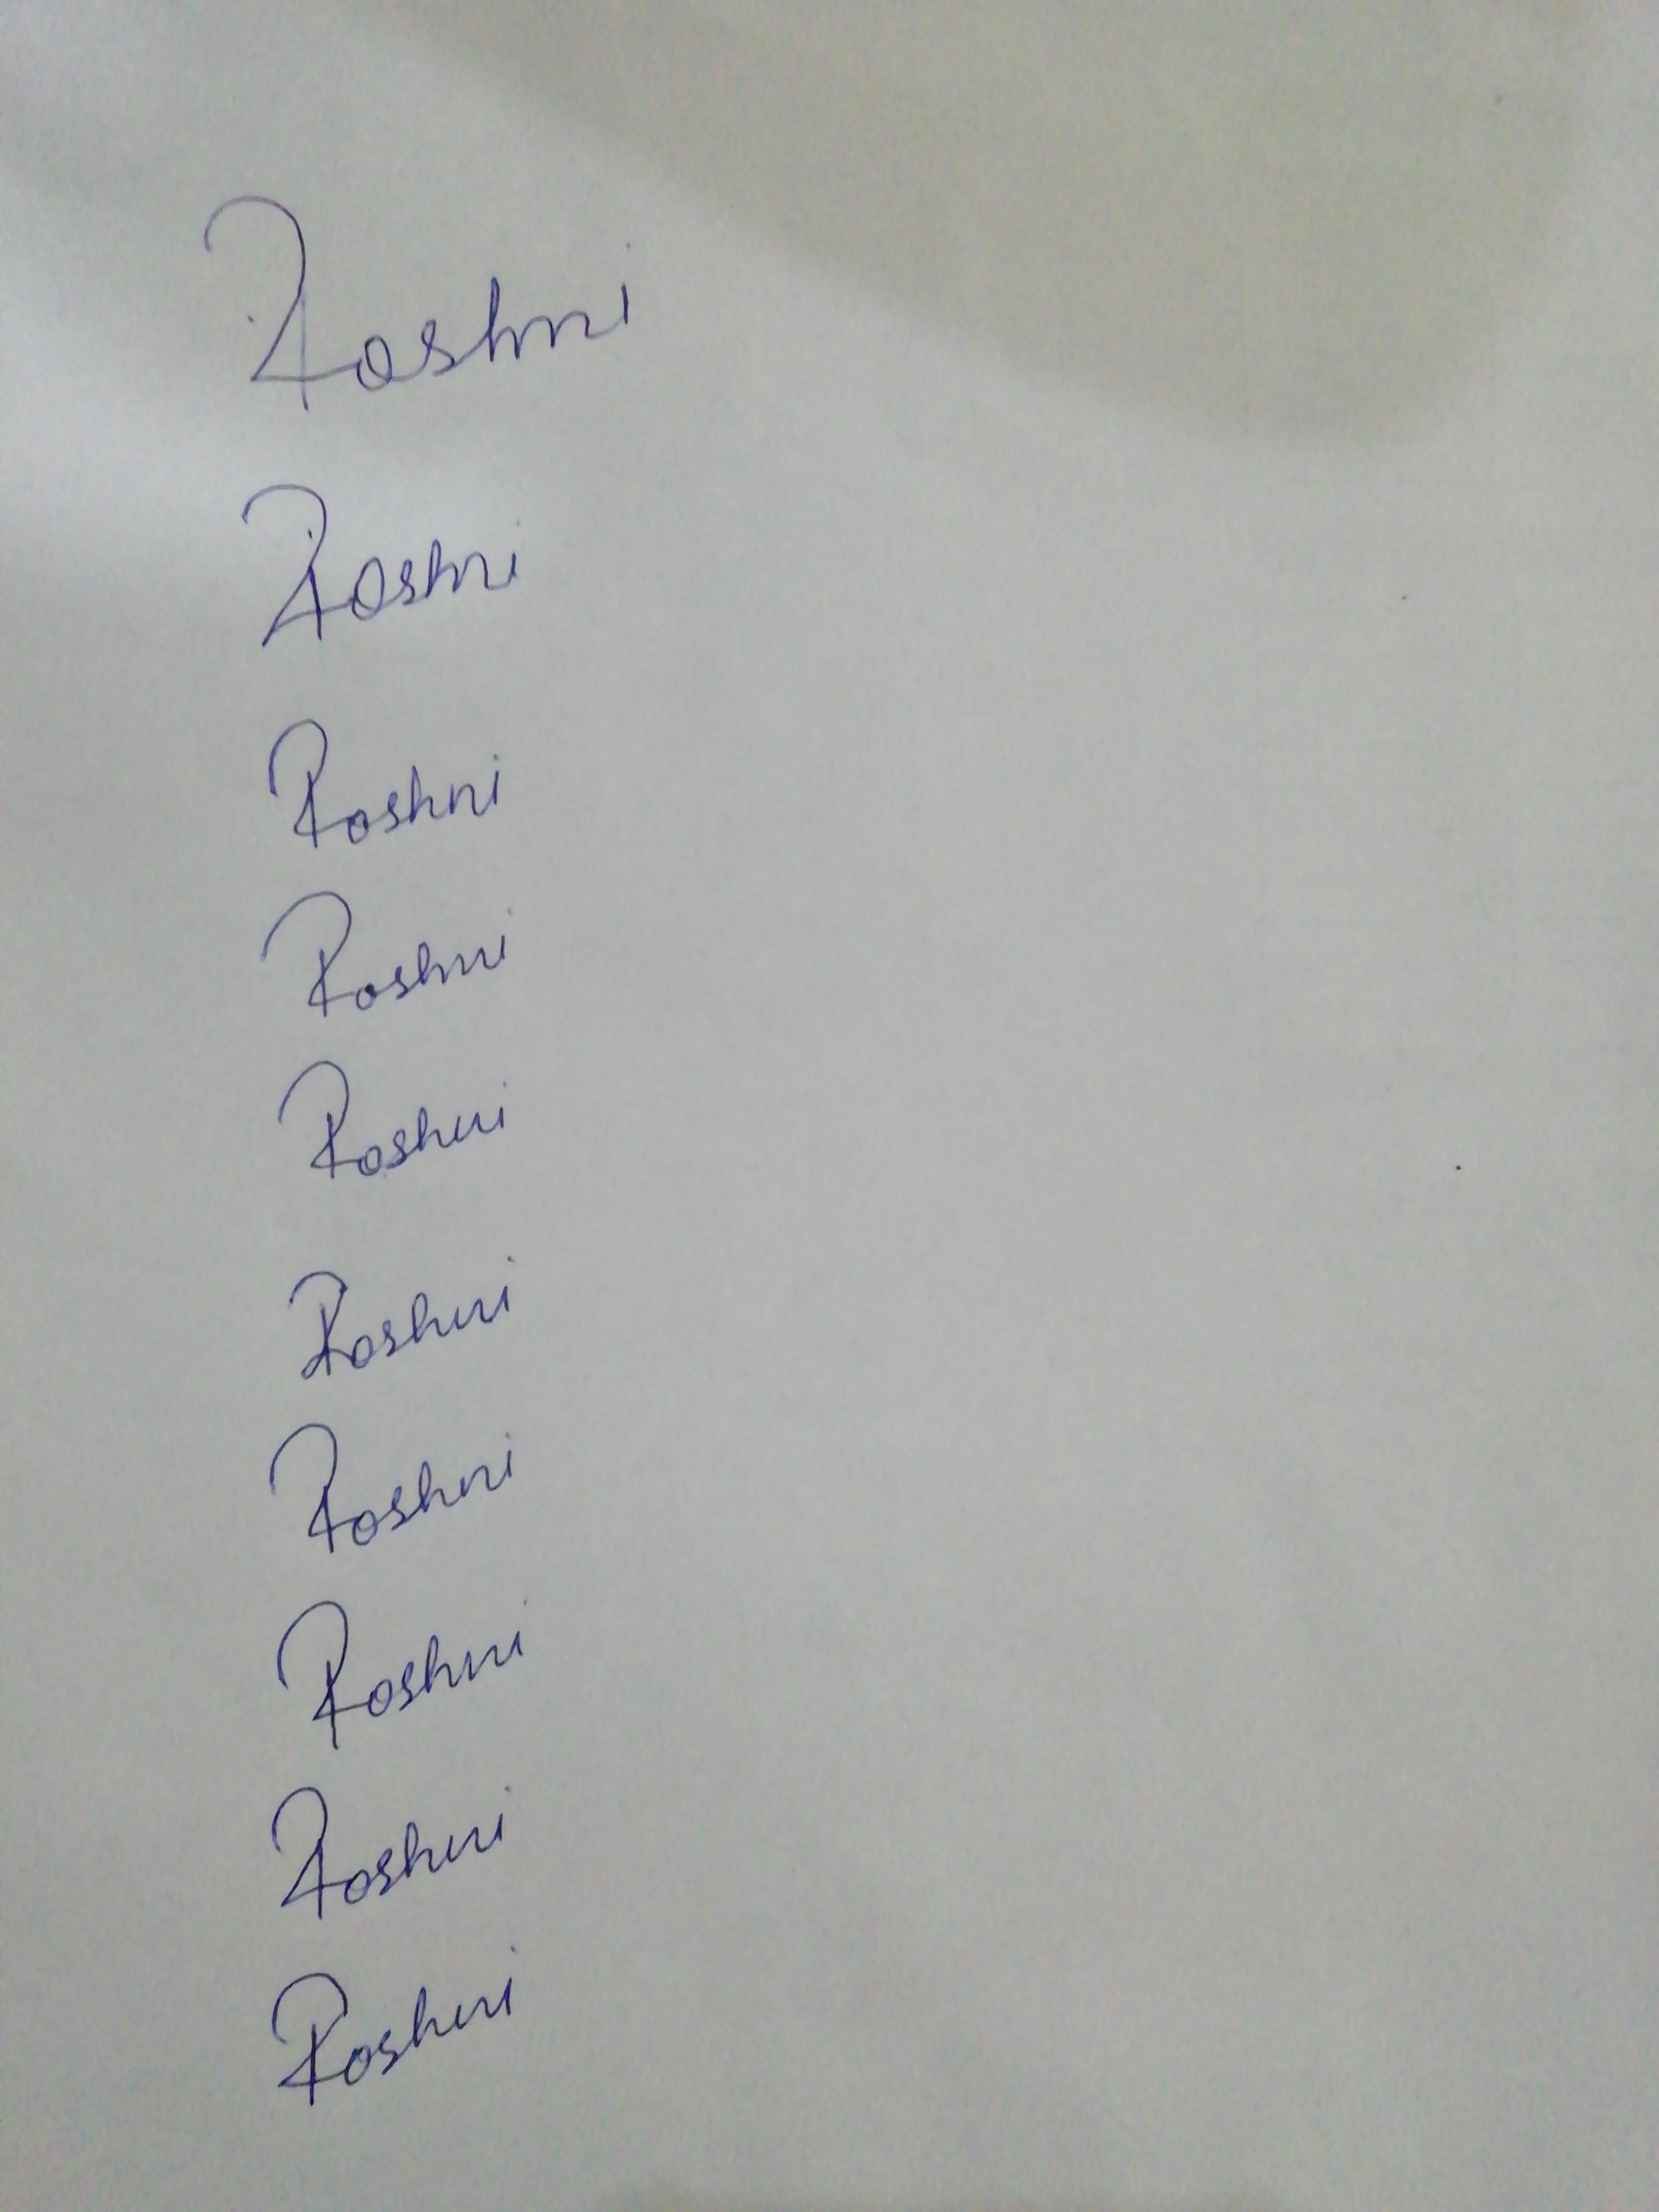
Signature authenticity: forged